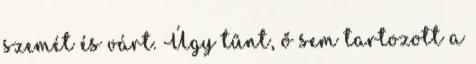
szemét és várt. Úgy tűnt, ő sem tartozott a